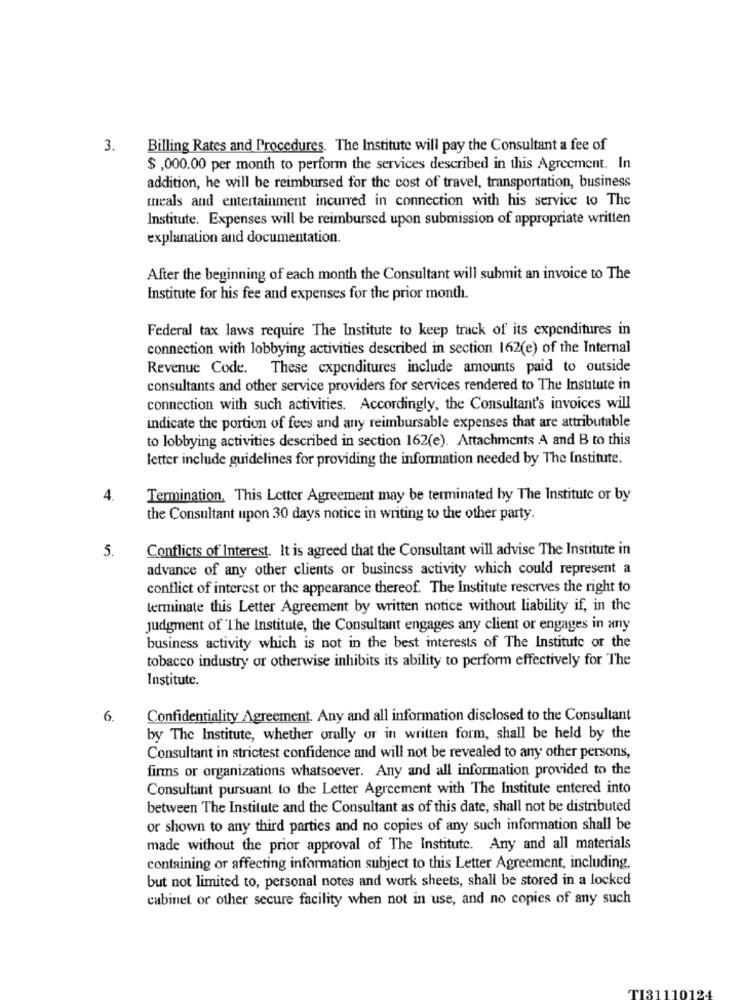
3.
Billing Rates and Procedures. The Institute will pay the Consultant a fee of
$ ,000.00 per month to perform the services described in this Agreement. In
addition, he will be reimbursed for the cost of travel, transportation, business
meals and entertainment incurred in connection with his service to The
Institute. Expenses will be reimbursed upon submission of appropriate written
explanation and documentation.
After the beginning of each month the Consultant will submit an invoice to The
Institute for his fee and expenses for the prior month.
Federal tax laws require The Institute to keep track of its expenditures in
connection with lobbying activities described in section 162(e) of the Internal
Revenue Code. These expenditures include amounts paid to outside
consultants and other service providers for services rendered to The Institute in
connection with such activities. Accordingly, the Consultant's invoices will
indicate the portion of fees and any reimbursable expenses that are attributable
to lobbying activities described in section 162(e). Attachments A and B to this
letter include guidelines for providing the information needed by The Institute.
4.
Termination, This Letter Agreement may be terminated by The Institute or by
the Consultant upon 30 days notice in writing to the other party.
5.
Conflicts of Interest. It is agreed that the Consultant will advise The Institute in
advance of any other clients or business activity which could represent a
conflict of interest or the appearance thereof. The Institute reserves the right to
terminate this Letter Agreement by written notice without liability if, in the
judgment of The Institute, the Consultant engages any client or engages in any
business activity which is not in the best interests of The Institute of the
tobacco industry or otherwise inhibits its ability to perform effectively for The
Institute.
6.
Confidentiality Agreement. Any and all information disclosed to the Consultant
by The Institute, whether orally or in written form, shall be held by the
Consultant in strictest confidence and will not be revealed to any other persons,
firms or organizations whatsoever. Any and all information provided to the
Consultant pursuant to the Letter Agreement with The Institute entered into
between The Institute and the Consultant as of this date, shall not be distributed
or shown to any third parties and no copies of any such information shall be
made without the prior approval of The Institute. Any and all materials
containing or affecting information subject to this Letter Agreement, including.
but not limited to, personal notes and work sheets, shall be stored in a locked
cabinet or other secure facility when not in use, and no copies of any such